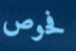
فحوص